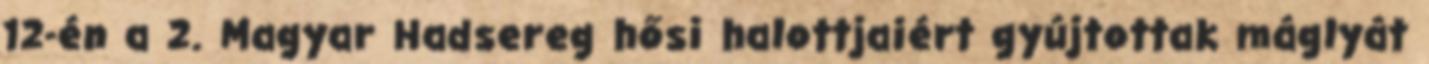
12-én a 2. Magyar Hadsereg hősi halottjaiért gyújtottak máglyát